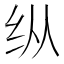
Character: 纵